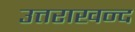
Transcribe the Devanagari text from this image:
उत्तराखन्द